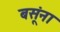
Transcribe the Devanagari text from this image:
बसूंना